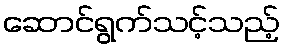
ဆောင်ရွက်သင့်သည့်